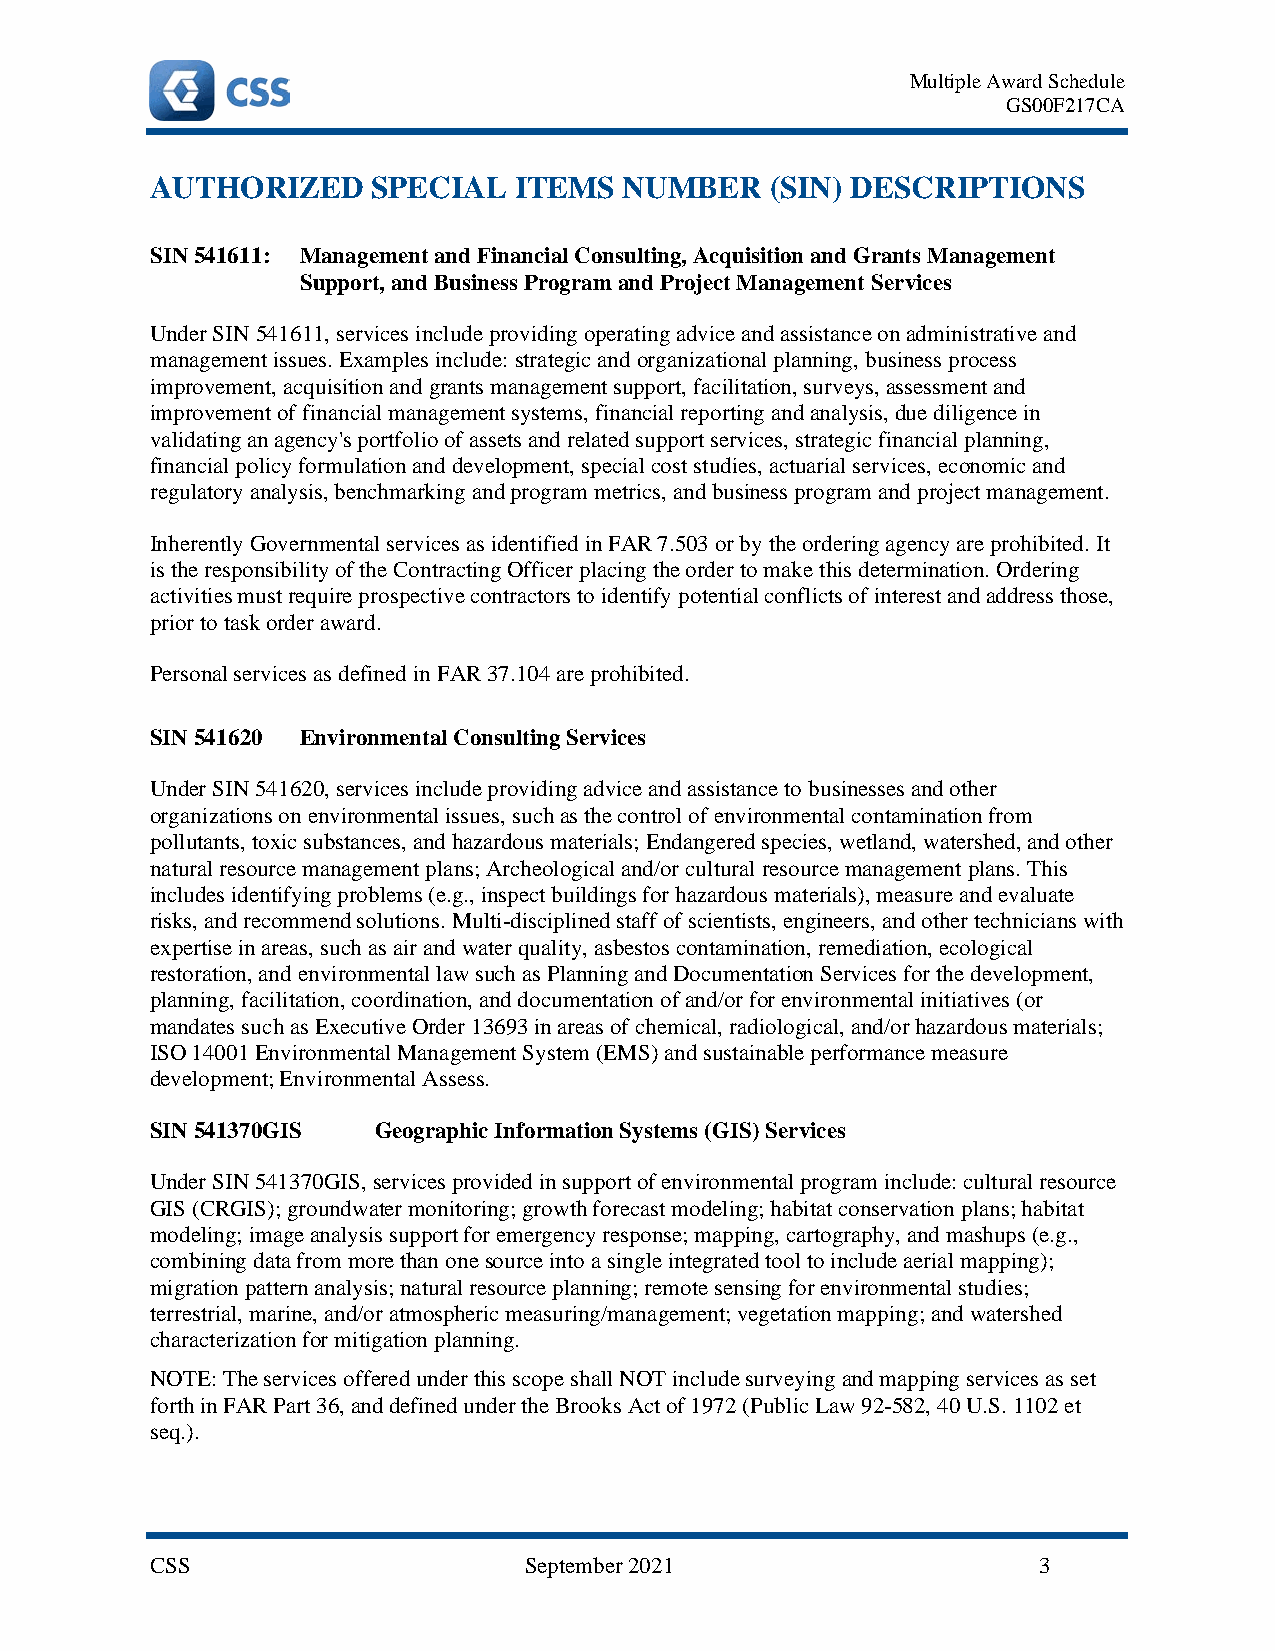
Multiple Award Schedule
 GS00F217CA
 AUTHORIZED     SPECIAL  ITEMS  NUMBER    (SIN) DESCRIPTIONS
 SIN 541611: Management and Financial Consulting, Acquisition and Grants Management
 Support, and Business Program and Project Management Services
 Under SIN 541611, services include providing operating advice and assistance on administrative and
 management issues. Examples include: strategic and organizational planning, business process
 improvement, acquisition and grants management support, facilitation, surveys, assessment and
 improvement of financial management systems, financial reporting and analysis, due diligence in
 validating an agency's portfolio of assets and related support services, strategic financial planning,
 financial policy formulation and development, special cost studies, actuarial services, economic and
 regulatory analysis, benchmarking and program metrics, and business program and project management.
 Inherently Governmental services as identified in FAR 7.503 or by the ordering agency are prohibited. It
 is the responsibility of the Contracting Officer placing the order to make this determination. Ordering
 activities must require prospective contractors to identify potential conflicts of interest and address those,
 prior to task order award.
 Personal services as defined in FAR 37.104 are prohibited.
 SIN 541620 Environmental Consulting Services
 Under SIN 541620, services include providing advice and assistance to businesses and other
 organizations on environmental issues, such as the control of environmental contamination from
 pollutants, toxic substances, and hazardous materials; Endangered species, wetland, watershed, and other
 natural resource management plans; Archeological and/or cultural resource management plans. This
 includes identifying problems (e.g., inspect buildings for hazardous materials), measure and evaluate
 risks, and recommend solutions. Multi-disciplined staff of scientists, engineers, and other technicians with
 expertise in areas, such as air and water quality, asbestos contamination, remediation, ecological
 restoration, and environmental law such as Planning and Documentation Services for the development,
 planning, facilitation, coordination, and documentation of and/or for environmental initiatives (or
 mandates such as Executive Order 13693 in areas of chemical, radiological, and/or hazardous materials;
 ISO 14001 Environmental Management System (EMS) and sustainable performance measure
 development; Environmental Assess.
 SIN 541370GIS  Geographic Information Systems (GIS) Services
 Under SIN 541370GIS, services provided in support of environmental program include: cultural resource
 GIS (CRGIS); groundwater monitoring; growth forecast modeling; habitat conservation plans; habitat
 modeling; image analysis support for emergency response; mapping, cartography, and mashups (e.g.,
 combining data from more than one source into a single integrated tool to include aerial mapping);
 migration pattern analysis; natural resource planning; remote sensing for environmental studies;
 terrestrial, marine, and/or atmospheric measuring/management; vegetation mapping; and watershed
 characterization for mitigation planning.
 NOTE: The services offered under this scope shall NOT include surveying and mapping services as set
 forth in FAR Part 36, and defined under the Brooks Act of 1972 (Public Law 92-582, 40 U.S. 1102 et
 seq.).
 CSS                      September 2021                    3